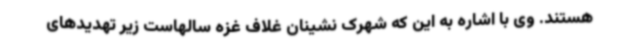
هستند. وی با اشاره به این که شهرک نشینان غلاف غزه سالهاست زیر تهدیدهای